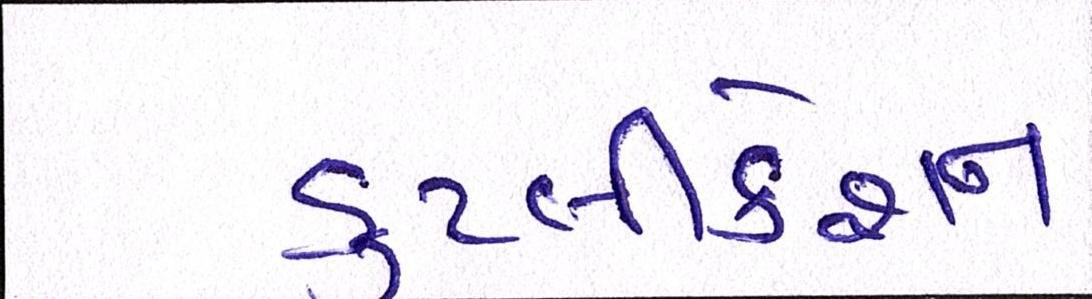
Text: ડુપ્લીકેશન